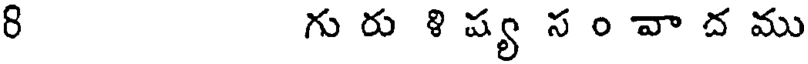
8 గు రు ళి ష్య స ం వా ద ము